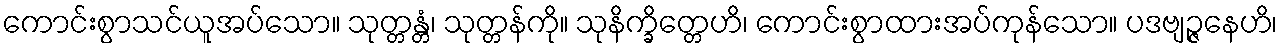
ကောင်းစွာသင်ယူအပ်သော။ သုတ္တန္တံ၊ သုတ္တန်ကို။ သုနိက္ခိတ္တေဟိ၊ ကောင်းစွာထားအပ်ကုန်သော။ ပဒဗျဉ္ဇနေဟိ၊